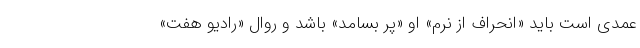
عمدی است باید «انحراف از نُرم» او «پُر بسامد» باشد و روال «رادیو هفت»